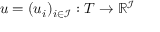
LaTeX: u = ( u _ { i } ) _ { i \in { \mathcal { I } } } : T \rightarrow \mathbb { R } ^ { \mathcal { I } }